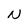
Character: N